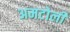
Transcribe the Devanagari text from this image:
अमटोली